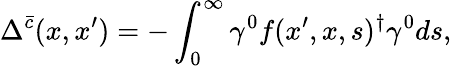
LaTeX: \Delta^{\bar{c}}(x,x^{\prime})=-\int_{0}^{\infty}\gamma^{0}f(x^{\prime},x,s)^{\dagger}\gamma^{0}ds,